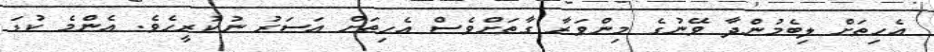
އެހިތަށް ލިބެމުންދާ ވޭނުގެ މިންވަރާ ގާތަށްވެސް އެހިތަށް އަސަރު ނުކުރީހެވެ. އެންމެ ކުޑަ